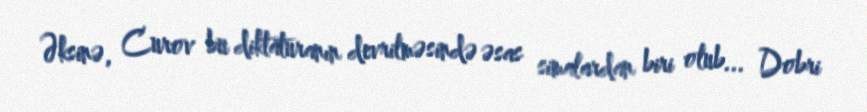
Əksinə, Curov bu diktaturanın devrilməsində əsas simalardan biri olub... Dobri